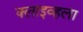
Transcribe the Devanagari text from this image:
क्लाइव्हला